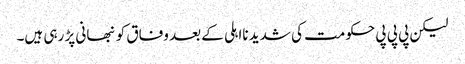
لیکن پی پی پی حکومت کی شدید نااہلی کے بعد وفاق کو نبھانی پڑ رہی ہیں۔